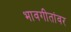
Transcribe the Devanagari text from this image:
भावगीतांवर